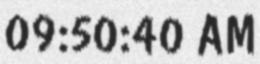
09:50:40 AM